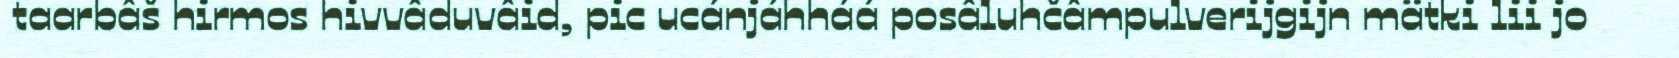
taarbâš hirmos hivvâduvâid, pic ucánjáhháá posâluhčâmpulverijgijn mätki lii jo